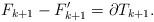
LaTeX: \begin{align*} F_{k+1}-F'_{k+1} = \partial T_{k+1}. \end{align*}